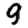
Digit: 9